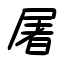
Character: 屠